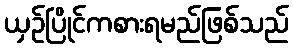
ယှဉ်ပြိုင်ကစားရမည်ဖြစ်သည်